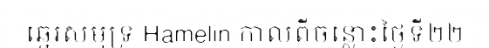
ឆ្នេរសមុទ្រ Hamelin កាលពីចន្លោះថ្ងៃទី២២